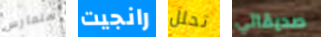
سنمارس رانجيت تحلل صديقاتي